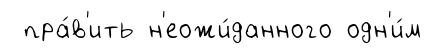
пра́в'ить н'еожи́данного одн'и́м